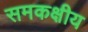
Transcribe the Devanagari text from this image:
समकक्षीय